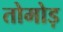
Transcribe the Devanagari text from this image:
तोमोड़